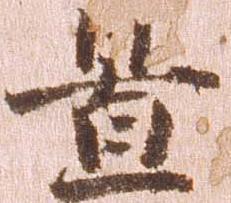
置